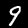
Digit: 9